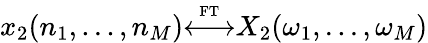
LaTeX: x_{2}(n_{1},...,n_{M}){\overset{\underset{\mathrm{FT}}{}}{\longleftrightarrow}}X_{2}(\omega_{1},...,\omega_{M})